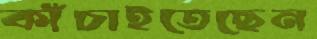
কাঁচাইতেছেন